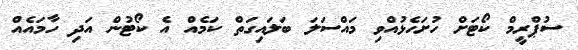
ސުޕްރީމް ކޯޓަށް ހުށަހެޅުއްވި މައްސަލަ ބަލައިގަތް ކަމެއް އެ ކޯޓުން އަދި ހާމައެއް